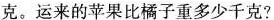
克。运来的苹果比橘子重多少千克?